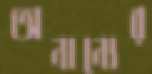
অনান্যের